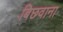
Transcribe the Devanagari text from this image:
बिछवाना